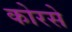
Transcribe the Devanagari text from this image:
कोरसे